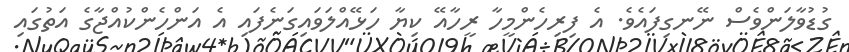
ގުޑުވާލަންވެސް ނޭނގިފައެވެ. އެ ފިރިހެންމީހާ ރީހާއޭ ކިޔާ ހަޅޭއްލަވައިގަނެފައި އެ އަންހެންކުއްޖާގެ އަތުގައި